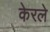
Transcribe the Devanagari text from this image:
केरले